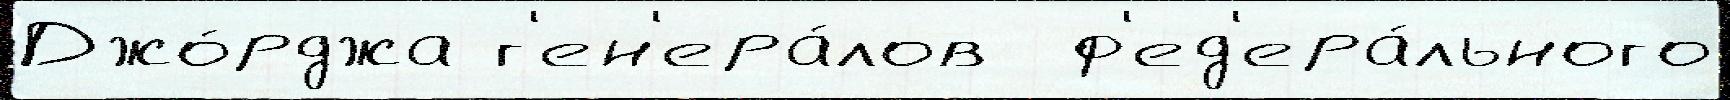
Джо́рджа г'ен'ера́лов  ф'ед'ера́льного